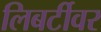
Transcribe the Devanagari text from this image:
लिबर्टीवर